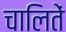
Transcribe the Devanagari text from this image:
चालितें